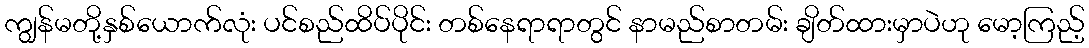
ကျွန်မတို့နှစ်ယောက်လုံး ပင်စည်ထိပ်ပိုင်း တစ်နေရာရာတွင် နာမည်စာတမ်း ချိတ်ထားမှာပဲဟု မော့ကြည့်